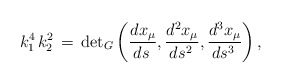
\begin{align*}k_1^4\,k_2^2\,=\,{\det}_G\left (\frac{dx_\mu}{ds\,},\frac{d^2 x_\mu}{ds^2\,},\frac{d^3 x_\mu}{ds^3\,}\right ),\end{align*}